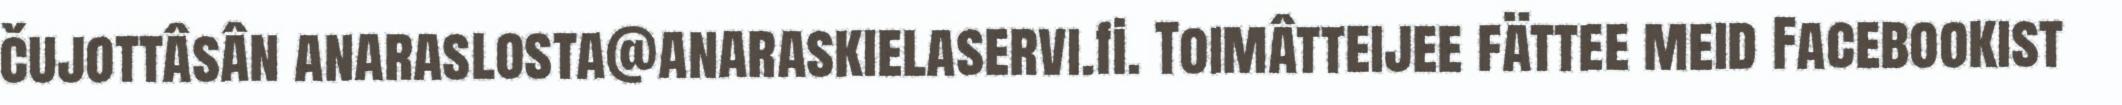
čujottâsân anaraslosta@anaraskielaservi.fi. Toimâtteijee fättee meid Facebookist